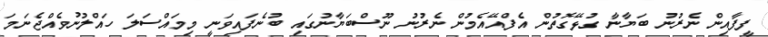
ފީފާއިން ނެރުނު ބަޔާނާ ގުޅޭގޮތުން އެފްއޭއެމުން ނެރުނު ނޫސްބަޔާނުގައި ބުނެފައިވަނީ މިމައްސަލަ ހައްލުނުވެއްޖެނަމަ